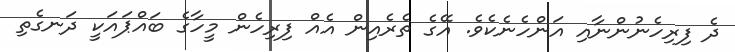
ދެ ފިރިހެނުންނާއި އަންހެނެކެވެ. އޭގެ ތެރެއިން އެއް ފިރިހެން މީހާގެ ބައްޕައަކީ ދަނގެތި